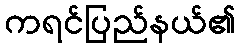
ကရင်ပြည်နယ်၏